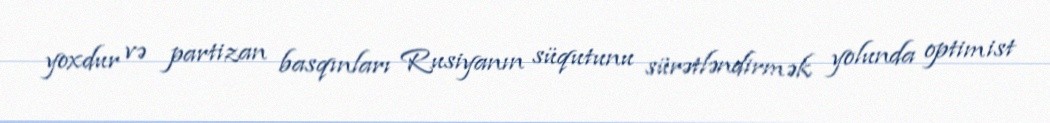
yoxdur və partizan basqınları Rusiyanın süqutunu sürətləndirmək yolunda optimist